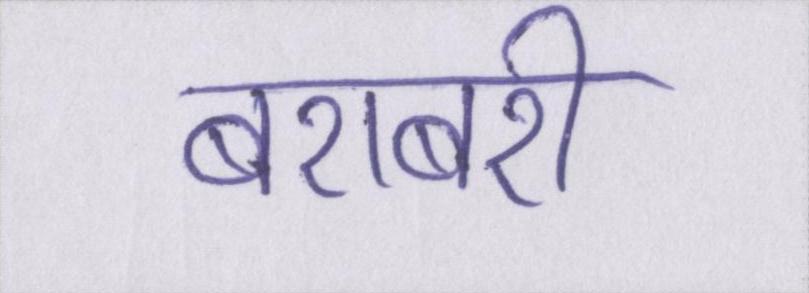
बराबरी